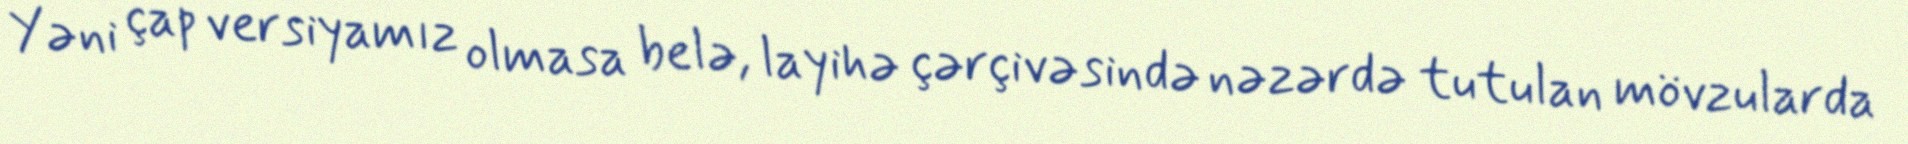
Yəni çap versiyamız olmasa belə, layihə çərçivəsində nəzərdə tutulan mövzularda